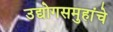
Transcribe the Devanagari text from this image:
उद्योगसमुहांचे